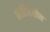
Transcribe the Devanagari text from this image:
मार्टिनसोन